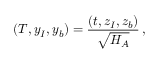
( T , { { y } } _ { I } , { { y } } _ { b } ) = { \frac { ( t , { { z } } _ { I } , { { z } } _ { b } ) } { \sqrt { H _ { A } } } } \, ,